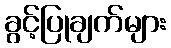
ခွင့်ပြုချက်များ